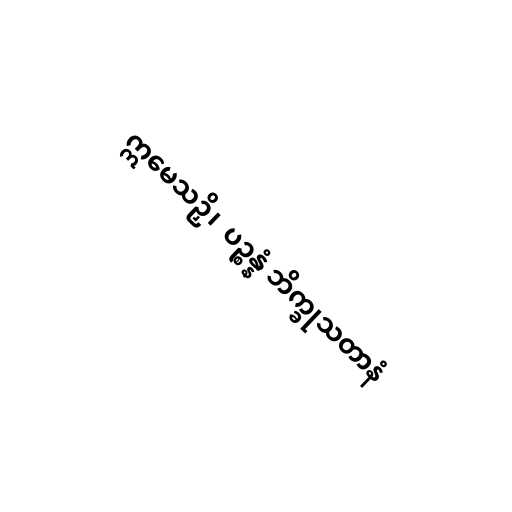
ဣမေသဉှိ၊  ပဉ္စန္နံ ဘိက္ခုသတာနံ